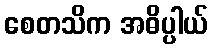
စေတသိက အဓိပ္ပါယ်